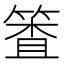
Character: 𰪈